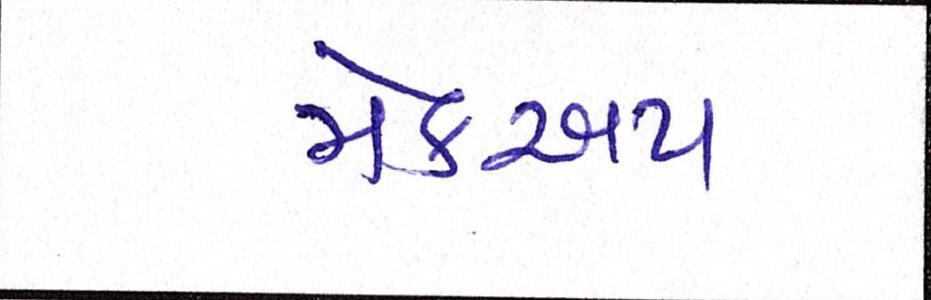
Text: મેકઅપ